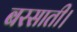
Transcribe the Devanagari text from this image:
बरसाती।